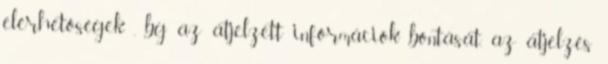
elérhetõségek , bg az átjelzett információk bontását, az átjelzés